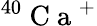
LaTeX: ^{40}\mathrm{~C~a~}^{+}